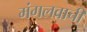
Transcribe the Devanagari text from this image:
मंगलवाची